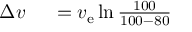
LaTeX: \begin{array} { r l } { \Delta v \ } & { { } = v _ { \mathrm { e } } \ln { \frac { 1 0 0 } { 1 0 0 - 8 0 } } } \end{array}